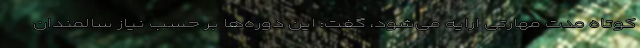
کوتاه مدت مهارتی ارایه می‌شود، گفت: این دوره‌ها بر حسب نیاز سالمندان